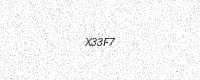
Text: X33F7